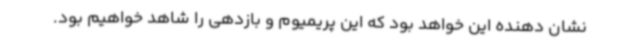
نشان دهنده این خواهد بود که این پریمیوم و بازدهی را شاهد خواهیم بود.